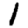
Digit: 1